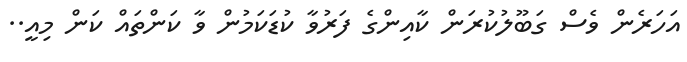
އަހަރެން ވެސް ގަބޫލުކުރަން ކާއިންގެ ފަރުވާ ކުޑަކަމުން ވާ ކަންތައް ކަން މިއީ..